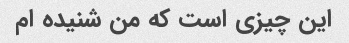
این چیزی است که من شنیده ام